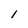
Character: l